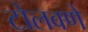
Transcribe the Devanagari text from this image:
टोलवणे